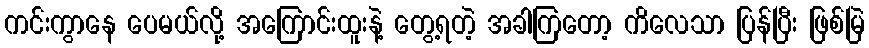
ကင်းကွာနေ ပေမယ်လို့ အကြောင်းထူးနဲ့ တွေ့ရတဲ့ အခါကြတော့ ကိလေသာ ပြန်ပြီး ဖြစ်မြဲ